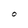
Character: O